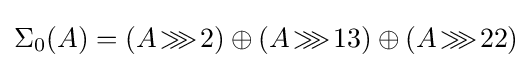
\Sigma _{0}(A)=(A\!\ggg \!2)\oplus (A\!\ggg \!13)\oplus (A\!\ggg \!22)